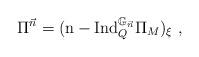
LaTeX: \begin{align*}\Pi^{\vec{n}} = (\mathrm{n-Ind}_Q^{\mathbb{G}_{\vec{n}}}\Pi_M)_\xi\ ,\end{align*}